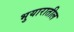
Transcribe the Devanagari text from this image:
भुयारातील